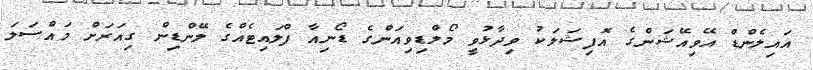
އައިލެންޑް އޭވިއޭޝަންގެ އޮފިޝަލަކު ވިދާޅުވީ މޯލްޑިވިއަންގެ ޑޯނިއާ ފްލައިޓެއްގެ ލޭންޑިން ގިއަރަށް މައްސަލަ